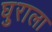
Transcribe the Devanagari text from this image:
घुराला